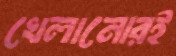
খেলানোরই